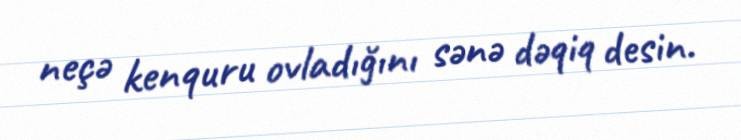
neçə kenquru ovladığını sənə dəqiq desin.